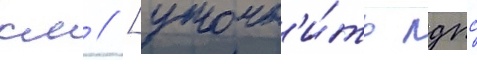
км // [уточн'и́ть лдпс